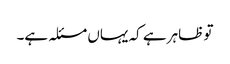
تو ظاہر ہے کہ یہاں مسئلہ ہے۔